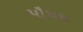
પૌષધ